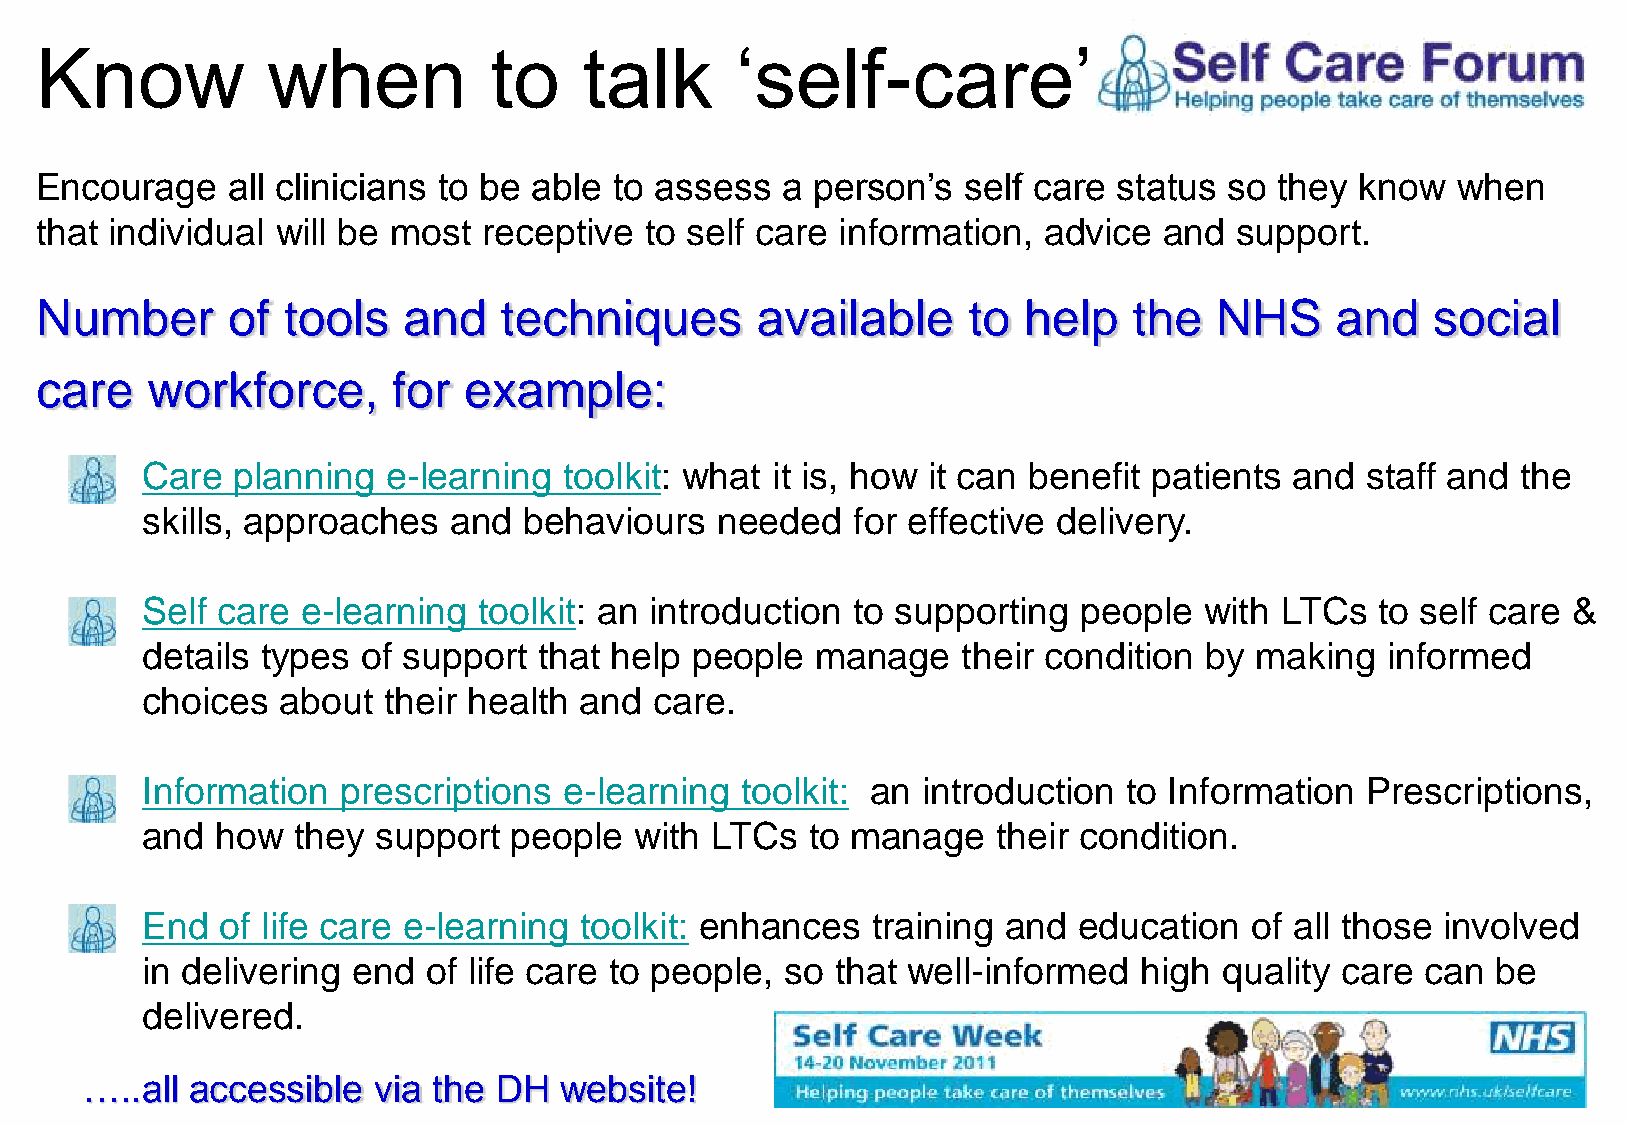
Know            when          to     talk      ‘self-care’
 Encourage    all clinicians to be able to assess  a person’s  self care status so  they know  when
 that individual will be most  receptive  to self care information, advice  and  support.
 Number       of  tools   and   techniques       available     to  help   the  NHS     and    social
 care    workforce,      for  example:
 Care  planning   e-learning toolkit: what it is, how it can benefit patients and staff and  the
 skills, approaches   and  behaviours  needed   for effective delivery.
 Self care  e-learning  toolkit: an introduction to supporting people   with LTCs  to self care &
 details types  of support  that help people  manage    their condition by making   informed
 choices   about their health and  care.
 Information   prescriptions e-learning  toolkit: an introduction  to Information Prescriptions,
 and  how  they  support  people  with LTCs   to manage   their condition.
 End   of life care e-learning toolkit: enhances  training and education   of all those involved
 in delivering end  of life care to people, so that well-informed   high quality care can  be
 delivered.
 …..all accessible  via the DH  website!